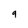
Character: 9